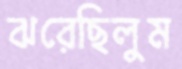
ঝরেছিলুম